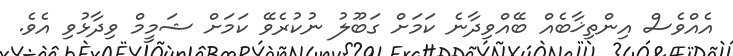
އެއްވެސް އިންތިޚާބެއް ބޭއްވިދާނެ ކަމަށް ގަބޫލު ނުކުރެވޭ ކަމަށް ޝަމީމް ވިދާޅުވި އެވެ.